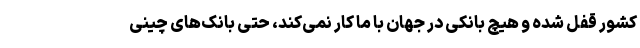
کشور قفل شده و هیچ بانکی در جهان با ما کار نمی‌کند، حتی بانک‌های چینی